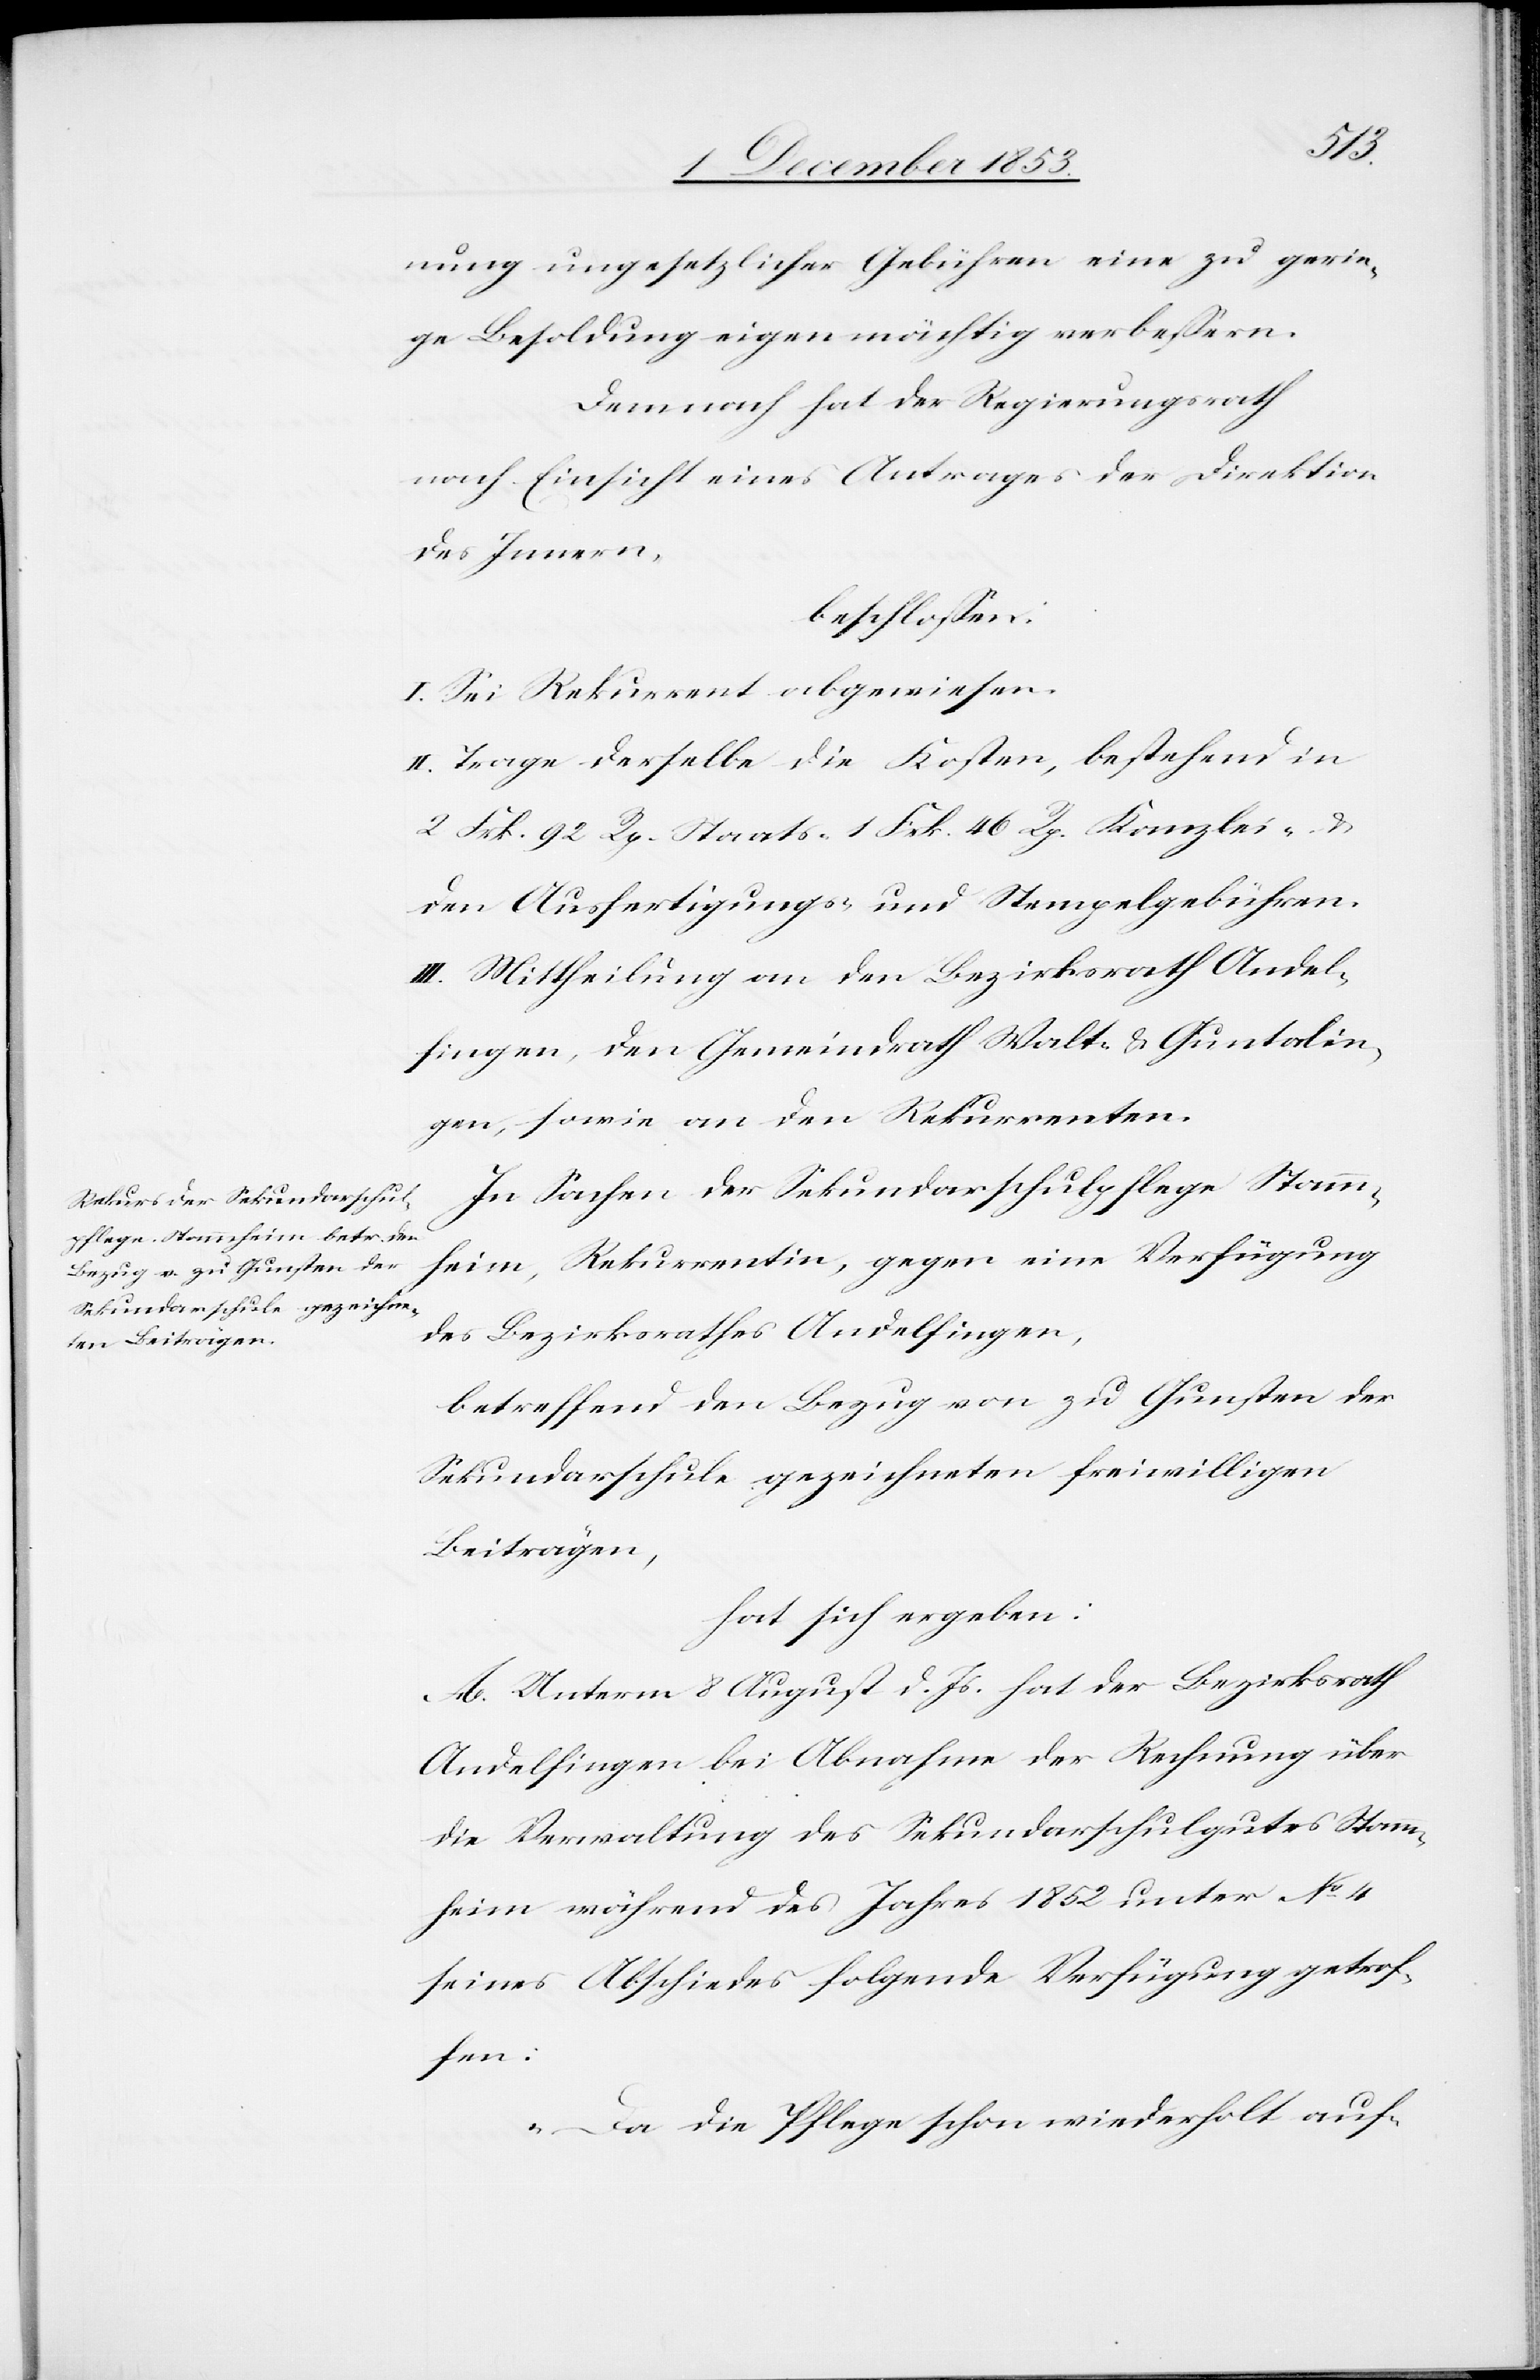
nung ungesetzlicher Gebühren eine zu gerin¬
ge Besoldung eigenmächtig verbeßern.
Demnach hat der Regierungsrath
nach Einsicht eines Antrages der Direktion
des Innern,
beschloßen:
I. Sei Rekurrent abgewiesen.
II. Trage derselbe die Kosten, bestehend in
2 Frk. 92 Rp. Staats- 1. Frk. 46 Rp. Kanzlei- u.
den Ausfertigungs- u. Stempelgebühren.
III. Mittheilung an den Bezirksrath Andel¬
fingen, den Gemeindrath Walt- u. Guntalin¬
gen, sowie an den Rekurrenten.
In Sachen der Sekundarschulpflege Stamm¬
heim, Rekurrentin, gegen eine Verfügung
des Bezirksrathes Andelfingen,
betreffend den Bezug von zu Gunsten der
Sekundarschule gezeichneten freiwilligen
Beiträgen,
hat sich ergeben:
A. Unterm 8 August d. Js. hat der Bezirksrath
Andelfingen bei Abnahme der Rechnung über
die Verwaltung des Sekundarschulgutes Stamm¬
heim während des Jahres 1852 unter N° 4
seines Abschiedes folgende Verfügung getrof¬
fen:
„Da die Pflege schon wiederholt auf-